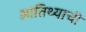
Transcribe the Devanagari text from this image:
आतिथ्याची